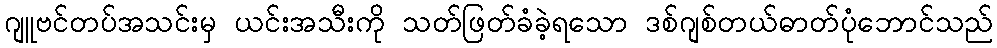
ဂျူဗင်တပ်အသင်းမှ ယင်းအသီးကို သတ်ဖြတ်ခံခဲ့ရသော ဒစ်ဂျစ်တယ်ဓာတ်ပုံဘောင်သည်